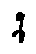
q